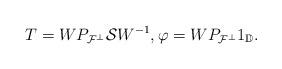
LaTeX: \begin{align*}T = W P_{{\cal F}^\perp}{\cal S }W^{-1}, \varphi = W P_{{\cal F}^\perp}1_{\mathbb D}.\end{align*}